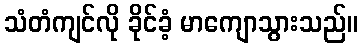
သံတံကျင်လို ခိုင်ခံ့ မာကျောသွားသည်။